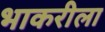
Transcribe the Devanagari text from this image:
भाकरीला